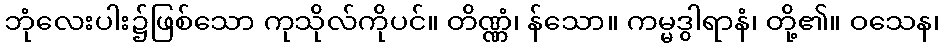
ဘုံလေးပါး၌ဖြစ်သော ကုသိုလ်ကိုပင်။ တိဏ္ဏံ၊ န်သော။ ကမ္မဒွါရာနံ၊ တို့၏။ ဝသေန၊